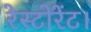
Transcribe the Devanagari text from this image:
रेस्टोरेंट।